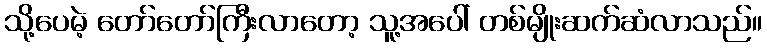
သို့ပေမဲ့ တော်တော်ကြီးလာတော့ သူ့အပေါ် တစ်မျိုးဆက်ဆံလာသည်။